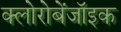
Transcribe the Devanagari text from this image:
क्लोरोबेंजॉइक